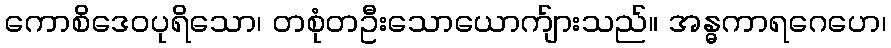
ကောစိဒေဝပုရိသော၊ တစုံတဦးသောယောက်ျားသည်။ အန္ဓကာရဂေဟေ၊